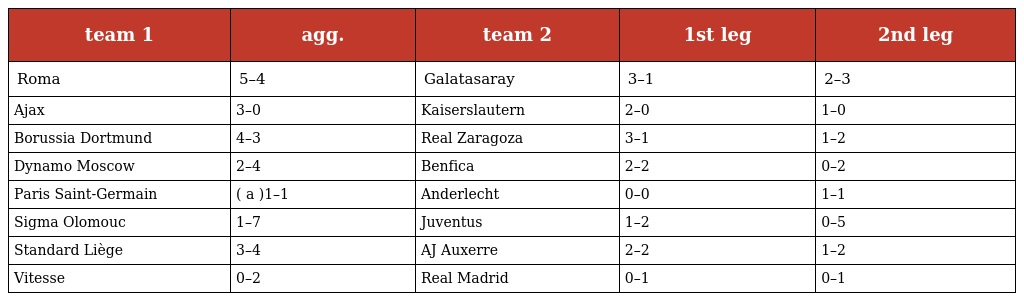
| team 1 | agg. | team 2 | 1st leg | 2nd leg |
 | --- | --- | --- | --- | --- |
 | Roma | 5–4 | Galatasaray | 3–1 | 2–3 |
 | Ajax | 3–0 | Kaiserslautern | 2–0 | 1–0 |
 | Borussia Dortmund | 4–3 | Real Zaragoza | 3–1 | 1–2 |
 | Dynamo Moscow | 2–4 | Benfica | 2–2 | 0–2 |
 | Paris Saint-Germain | ( a )1–1 | Anderlecht | 0–0 | 1–1 |
 | Sigma Olomouc | 1–7 | Juventus | 1–2 | 0–5 |
 | Standard Liège | 3–4 | AJ Auxerre | 2–2 | 1–2 |
 | Vitesse | 0–2 | Real Madrid | 0–1 | 0–1 |